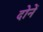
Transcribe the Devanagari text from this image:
दोनें